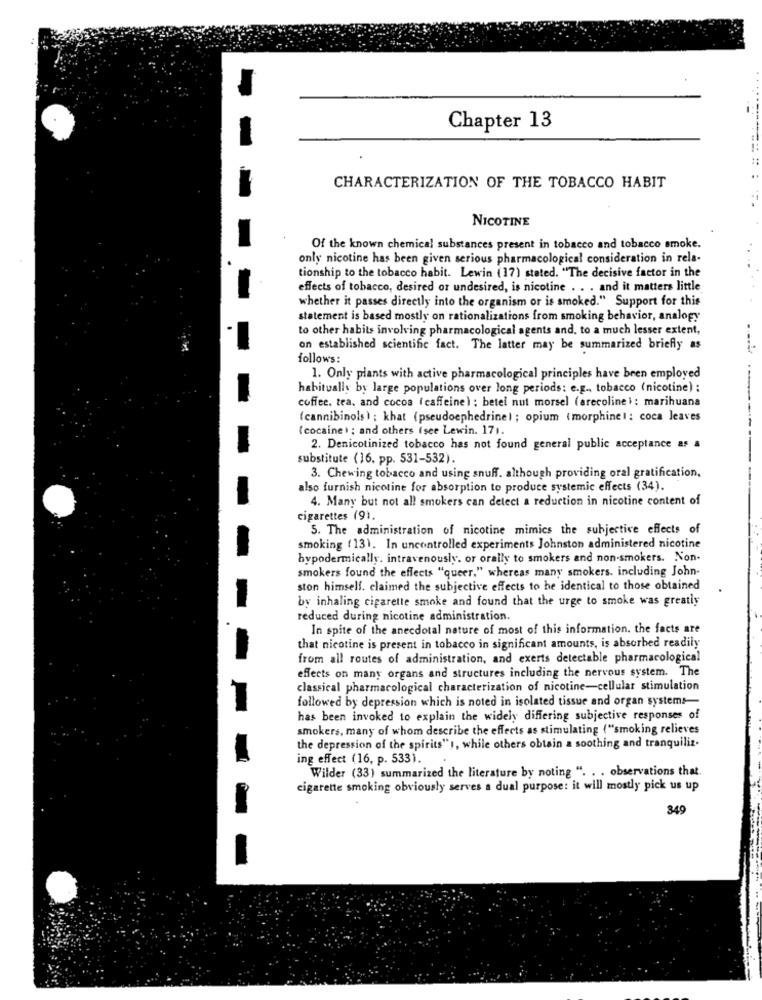
Chapter 13
CHARACTERIZATION OF THE TOBACCO HABIT
NICOTINE
Of the known chemical substances present in tobacco and tobacco smoke.
only nicotine has been given serious pharmacological consideration in rela-
tionship to the tobacco habit. Lewin (17) stated. "The decisive factor in the
effects of tobacco, desired or undesired, is nicotine . . . and it matters little
whether it passes directly into the organism or is smoked." Support for this
statement is based mostly on rationalizations from smoking behavior, analogy
to other habits involving pharmacological agents and, to a much lesser extent,
on established scientific fact. The latter may be summarized briefly as
follows:
1. Only plants with active pharmacological principles have been employed
habitually by large populations over long periods: e.g ., tobacco (nicotine) :
coffee, tea, and cocoa (caffeine) ; betel nut morsel (arecoline): marihuana
(cannibinols ) ; khat (pseudoephedrinel ; opium (morphinel: coca leaves
(cocaine) ; and others (see Lewin. 171.
2. Denicotinized tobacco has not found general public acceptance as a
substitute (16. pp. 531-532).
3. Chewing tobacco and using snuff. although providing oral gratification,
also furnish nicotine for absorption to produce systemic effects (34).
4. Many but not all smokers can detect a reduction in nicotine content of
cigarettes (9).
5. The administration of nicotine mimics the subjective effects of
smoking (13). In uncontrolled experiments Johnston administered nicotine
hypodermically. intravenously. or orally to smokers and non-smokers. Non-
smokers found the effects "queer," whereas many smokers. including John-
ston himself. claimed the subjective effects to be identical to those obtained
by inhaling cigarette smoke and found that the urge to smoke was greatly
reduced during nicotine administration.
In spite of the anecdotal nature of most of this information. the facts are
that nicotine is present in tobacco in significant amounts, is absorbed readily
from all routes of administration, and exerts detectable pharmacological
effects on many organs and structures including the nervous system. The
classical pharmacological characterization of nicotine-cellular stimulation
followed by depression which is noted in isolated tissue and organ systems-
has been invoked to explain the widely differing subjective responses of
smokers, many of whom describe the effects as stimulating ("smoking relieves
the depression of the spirits" I, while others obtain a soothing and tranquiliz.
ing effect (16, p. 533).
Wilder (33) summarized the literature by noting ". . . observations that.
cigarette smoking obviously serves a dual purpose: it will mostly pick us up
349